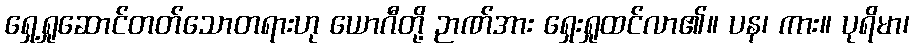
ရှေ့ရှုဆောင်တတ်သောတရားဟု ယောဂီတို့ ဉာဏ်အား ရှေးရှုထင်လာ၏။ ပန၊ ကား။ ပုရိမာ၊